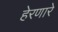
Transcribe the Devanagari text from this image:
हेरणारे